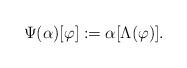
LaTeX: \begin{align*}\Psi(\alpha)[\varphi] :=\alpha[\Lambda(\varphi)].\end{align*}